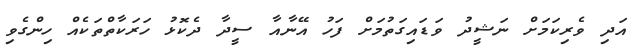
އަދި ވެރިކަމަށް ނަޝީދު ވަޑައިގަތުމަށް ފަހު އޭނާއާ ސީދާ ދެކޮޅު ހަރަކާތްތަކެއް ހިންގެވި